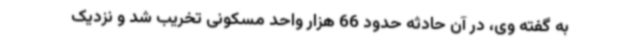
به گفته وی، در آن حادثه حدود 66 هزار واحد مسکونی تخریب شد و نزدیک